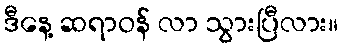
ဒီနေ့ ဆရာဝန် လာ သွားပြီလား။